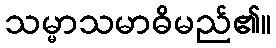
သမ္မာသမာဓိမည်၏။